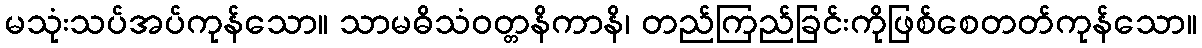
မသုံးသပ်အပ်ကုန်သော။ သာမဓိသံဝတ္တနိကာနိ၊ တည်ကြည်ခြင်းကိုဖြစ်စေတတ်ကုန်သော။